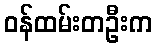
ဝန်ထမ်းတဦးက